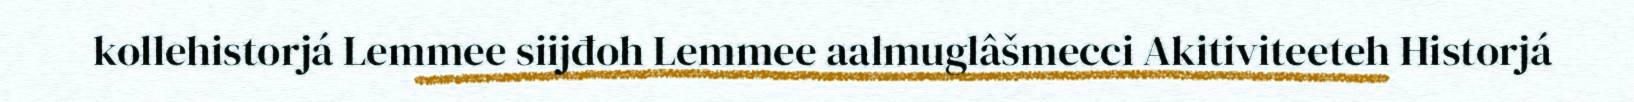
kollehistorjá Lemmee siijđoh Lemmee aalmuglâšmecci Akitiviteeteh Historjá